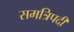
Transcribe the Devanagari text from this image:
समत्रिपदी